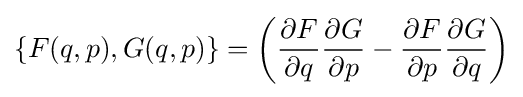
\{F(q,p),G(q,p)\}=\left({\frac {\partial F}{\partial q}}{\frac {\partial G}{\partial p}}-{\frac {\partial F}{\partial p}}{\frac {\partial G}{\partial q}}\right)